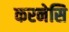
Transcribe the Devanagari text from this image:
करनेसि